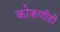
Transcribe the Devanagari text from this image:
कोकणीही